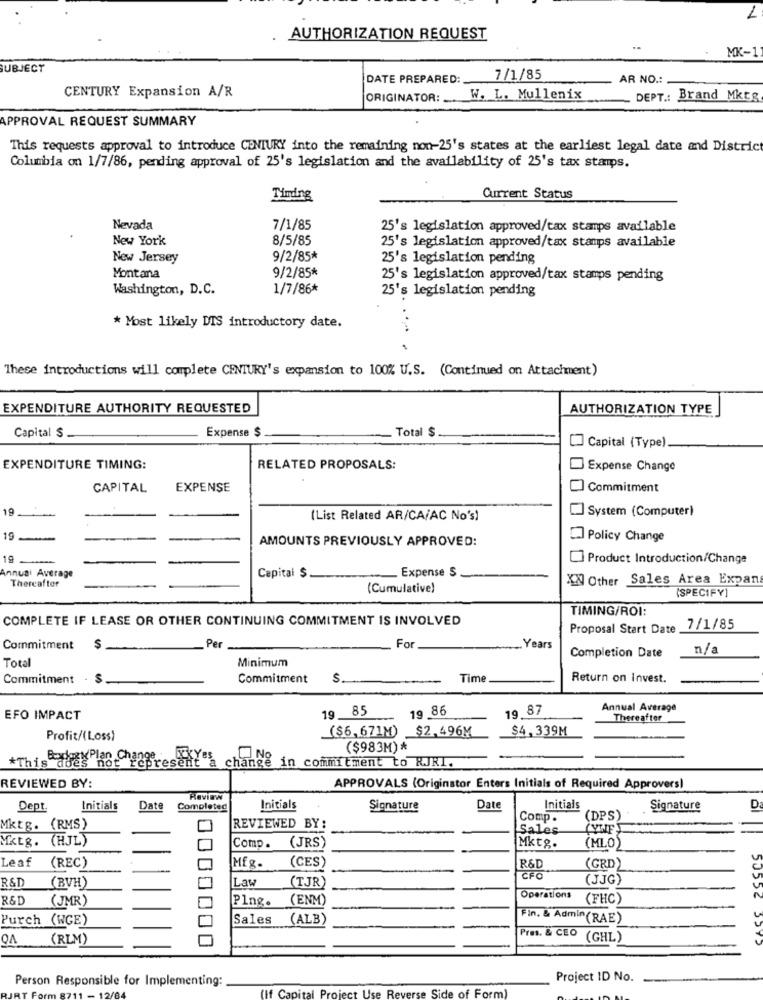
1
AUTHORIZATION REQUEST
MK-1:
SUBJECT
DATE PREPARED: 7/1/85
AR NO .:
CENTURY Expansion A/R
ORIGINATOR: . W. L. Mullenix
DEPT .: Brand Mktg
APPROVAL REQUEST SUMMARY
This requests approval to introduce CENTURY into the remaining non-25's states at the earliest legal date and District
Columbia on 1/7/86, pending approval of 25's legislation and the availability of 25's tax stamps.
Timing
Current Status
Nevada
7/1/85
25's legislation approved/tax stamps available
New York
8/5/85
25's legislation approved/tax stamps available
New Jersey
9/2/85*
25's legislation pending
Montana
9/2/85*
25's legislation approved/tax stamps pending
Washington, D.C.
1/7/86*
25's legislation pending
* Most likely DTS introductory date.
These introductions will complete CENTURY's expansion to 100% U.S. (Continued on Attachment)
EXPENDITURE AUTHORITY REQUESTED
AUTHORIZATION TYPE
Capital $
Expense $
Total $
Capital (Type)
EXPENDITURE TIMING:
RELATED PROPOSALS:
Expense Change
CAPITAL
EXPENSE
Commitment
19
System (Computer)
19-
(List Related AR/CA/AC No's)
19 -.-
19
AMOUNTS PREVIOUSLY APPROVED:
Policy Change
19
] Product Introduction/Change
Annual Average
Expense S
Thereafter
Capital $
XX Other Sales Area Expan
(Cumulative)
(SPECIFY]
TIMING/ROI:
COMPLETE IF LEASE OR OTHER CONTINUING COMMITMENT IS INVOLVED
Proposal Start Date
7/1/85
Commitment
$
Per
For
..... Years
Completion Date
n/a
Total
Minimum
Commitment
$
Commitment
S.
Time
Return on invest.
19 85
19 86
19.87
Annual Average
EFO IMPACT
Thereafter
($6,671M) $2,496M
$4,339M
Profit/(Loss)
($983M) *
*This does no
not represent a change in commitment to RRI.
REVIEWED BY:
APPROVALS (Originator Enters Initials of Required Approvers)
Review
Dept
Initials
Date
Completed
Initials
Signature
Date
Initials
Signature
D
Comp .
(DPS)
Mktg. (RMS)
REVIEWED BY:
Sales
(YWF)
Mktg. (HJL)
(JRS'
(MLO'
Comp .
Mktg.
Leaf
(CES)
(REC)
Mfg.
(GRD)
R&D
Law
(TJR)
(JJG)
(BVH)
R&D
(JMR)
Plng. (ENM)
Operations
(FHC)
Purch (WCE)
Sales (ALB)
Fin. & Admin(RAE)
VO
Pres. & CEO
(RLM)
(GHL)
50552 5392
Person Responsible for Implementing:
Project ID No.
de of Form)
(If Capital Project Use Reverse